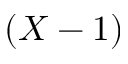
( X - 1 )